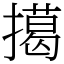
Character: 擖